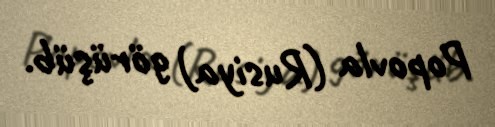
Popovla (Rusiya) görüşüb.